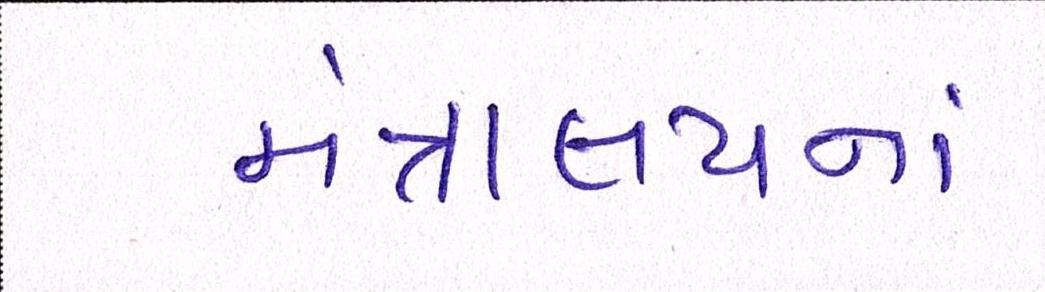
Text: મંત્રાલયનાં